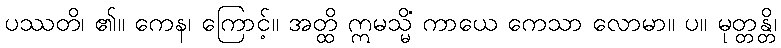
ပဿတိ၊ ၏။ ကေန၊ ကြောင့်။ အတ္ထိ ဣမသ္မိံ ကာယေ ကေသာ လောမာ။ ပ။ မုတ္တန္တိ၊